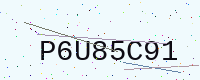
Text: P6U85C91